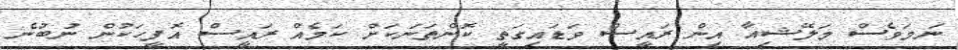
ނަމަވެސް މަލޭޝިއާ އިން ރައީސް ވަޑައިގަތީ ކޮންތަނަކަށް ކަމެއް ރައީސް އޮފީހަކުން ނުބުނެ